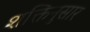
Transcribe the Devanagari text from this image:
शक्तिनुसार